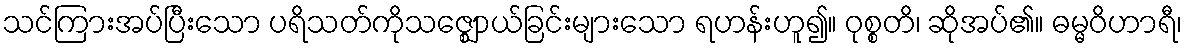
သင်ကြားအပ်ပြီးသော ပရိသတ်ကိုသဇ္ဈောယ်ခြင်းများသော ရဟန်းဟူ၍။ ဝုစ္စတိ၊ ဆိုအပ်၏။ ဓမ္မဝိဟာရီ၊